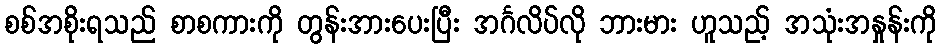
စစ်အစိုးရသည် စာစကားကို တွန်းအားပေးပြီး အင်္ဂလိပ်လို ဘားမား ဟူသည့် အသုံးအနှုန်းကို